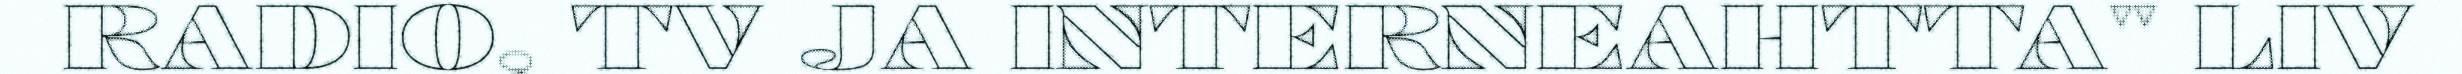
RADIO, TV JA INTERNEAHTTA" LIV